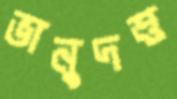
ভানুদত্ত